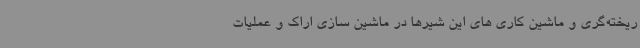
ریخته‌گری و ماشین کاری های این شیرها در ماشین سازی اراک و عملیات